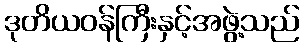
ဒုတိယဝန်ကြီးနှင့်အဖွဲ့သည်